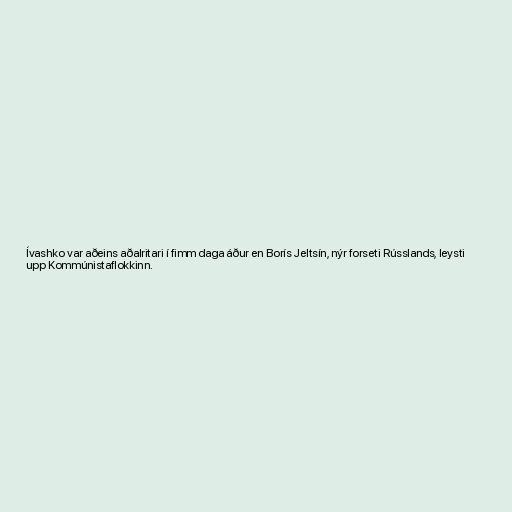
Ívashko var aðeins aðalritari í fimm daga áður en Borís Jeltsín, nýr forseti Rússlands, leysti
upp Kommúnistaflokkinn.